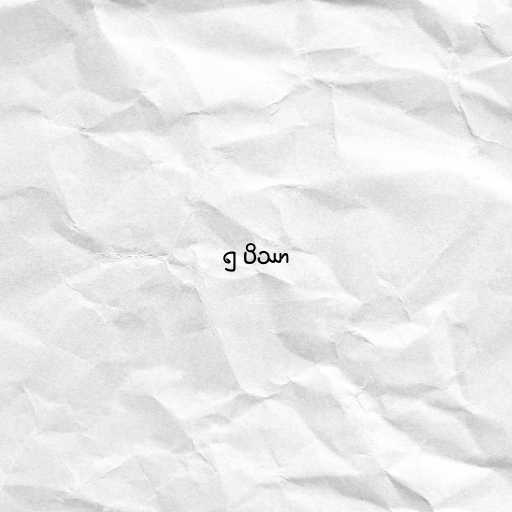
၅ ပိဿာ